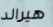
هيرالد